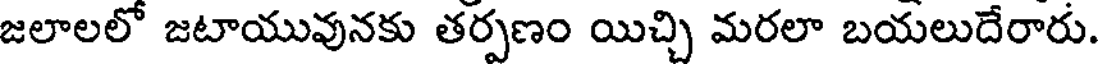
జలాలలో జటాయువునకు తర్పణం యిచ్చి మరలా బయలుదేరారు.